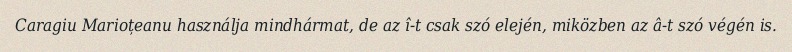
Caragiu Marioțeanu használja mindhármat, de az î-t csak szó elején, miközben az â-t szó végén is.